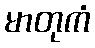
မာတုကံ